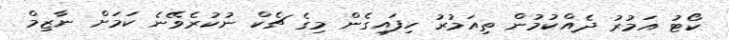
ކޯޓު އަމުރު ދެއްކުމުން ތިއަމުރު ހިފައިގެން މިގެ ޗެކް ނުކުރެވޭނެ ކަމަށް ނާޒިމް